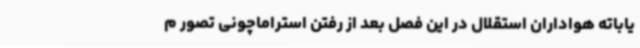
یاباته هواداران استقلال در این فصل بعد از رفتن استراماچونی تصور م